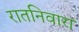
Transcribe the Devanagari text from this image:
रातनिवारा